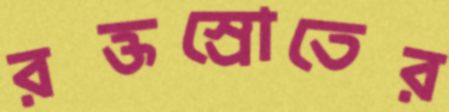
রক্তস্রোতের